Eesti_Vabariigi_Tartu_Ulikool, lk 41
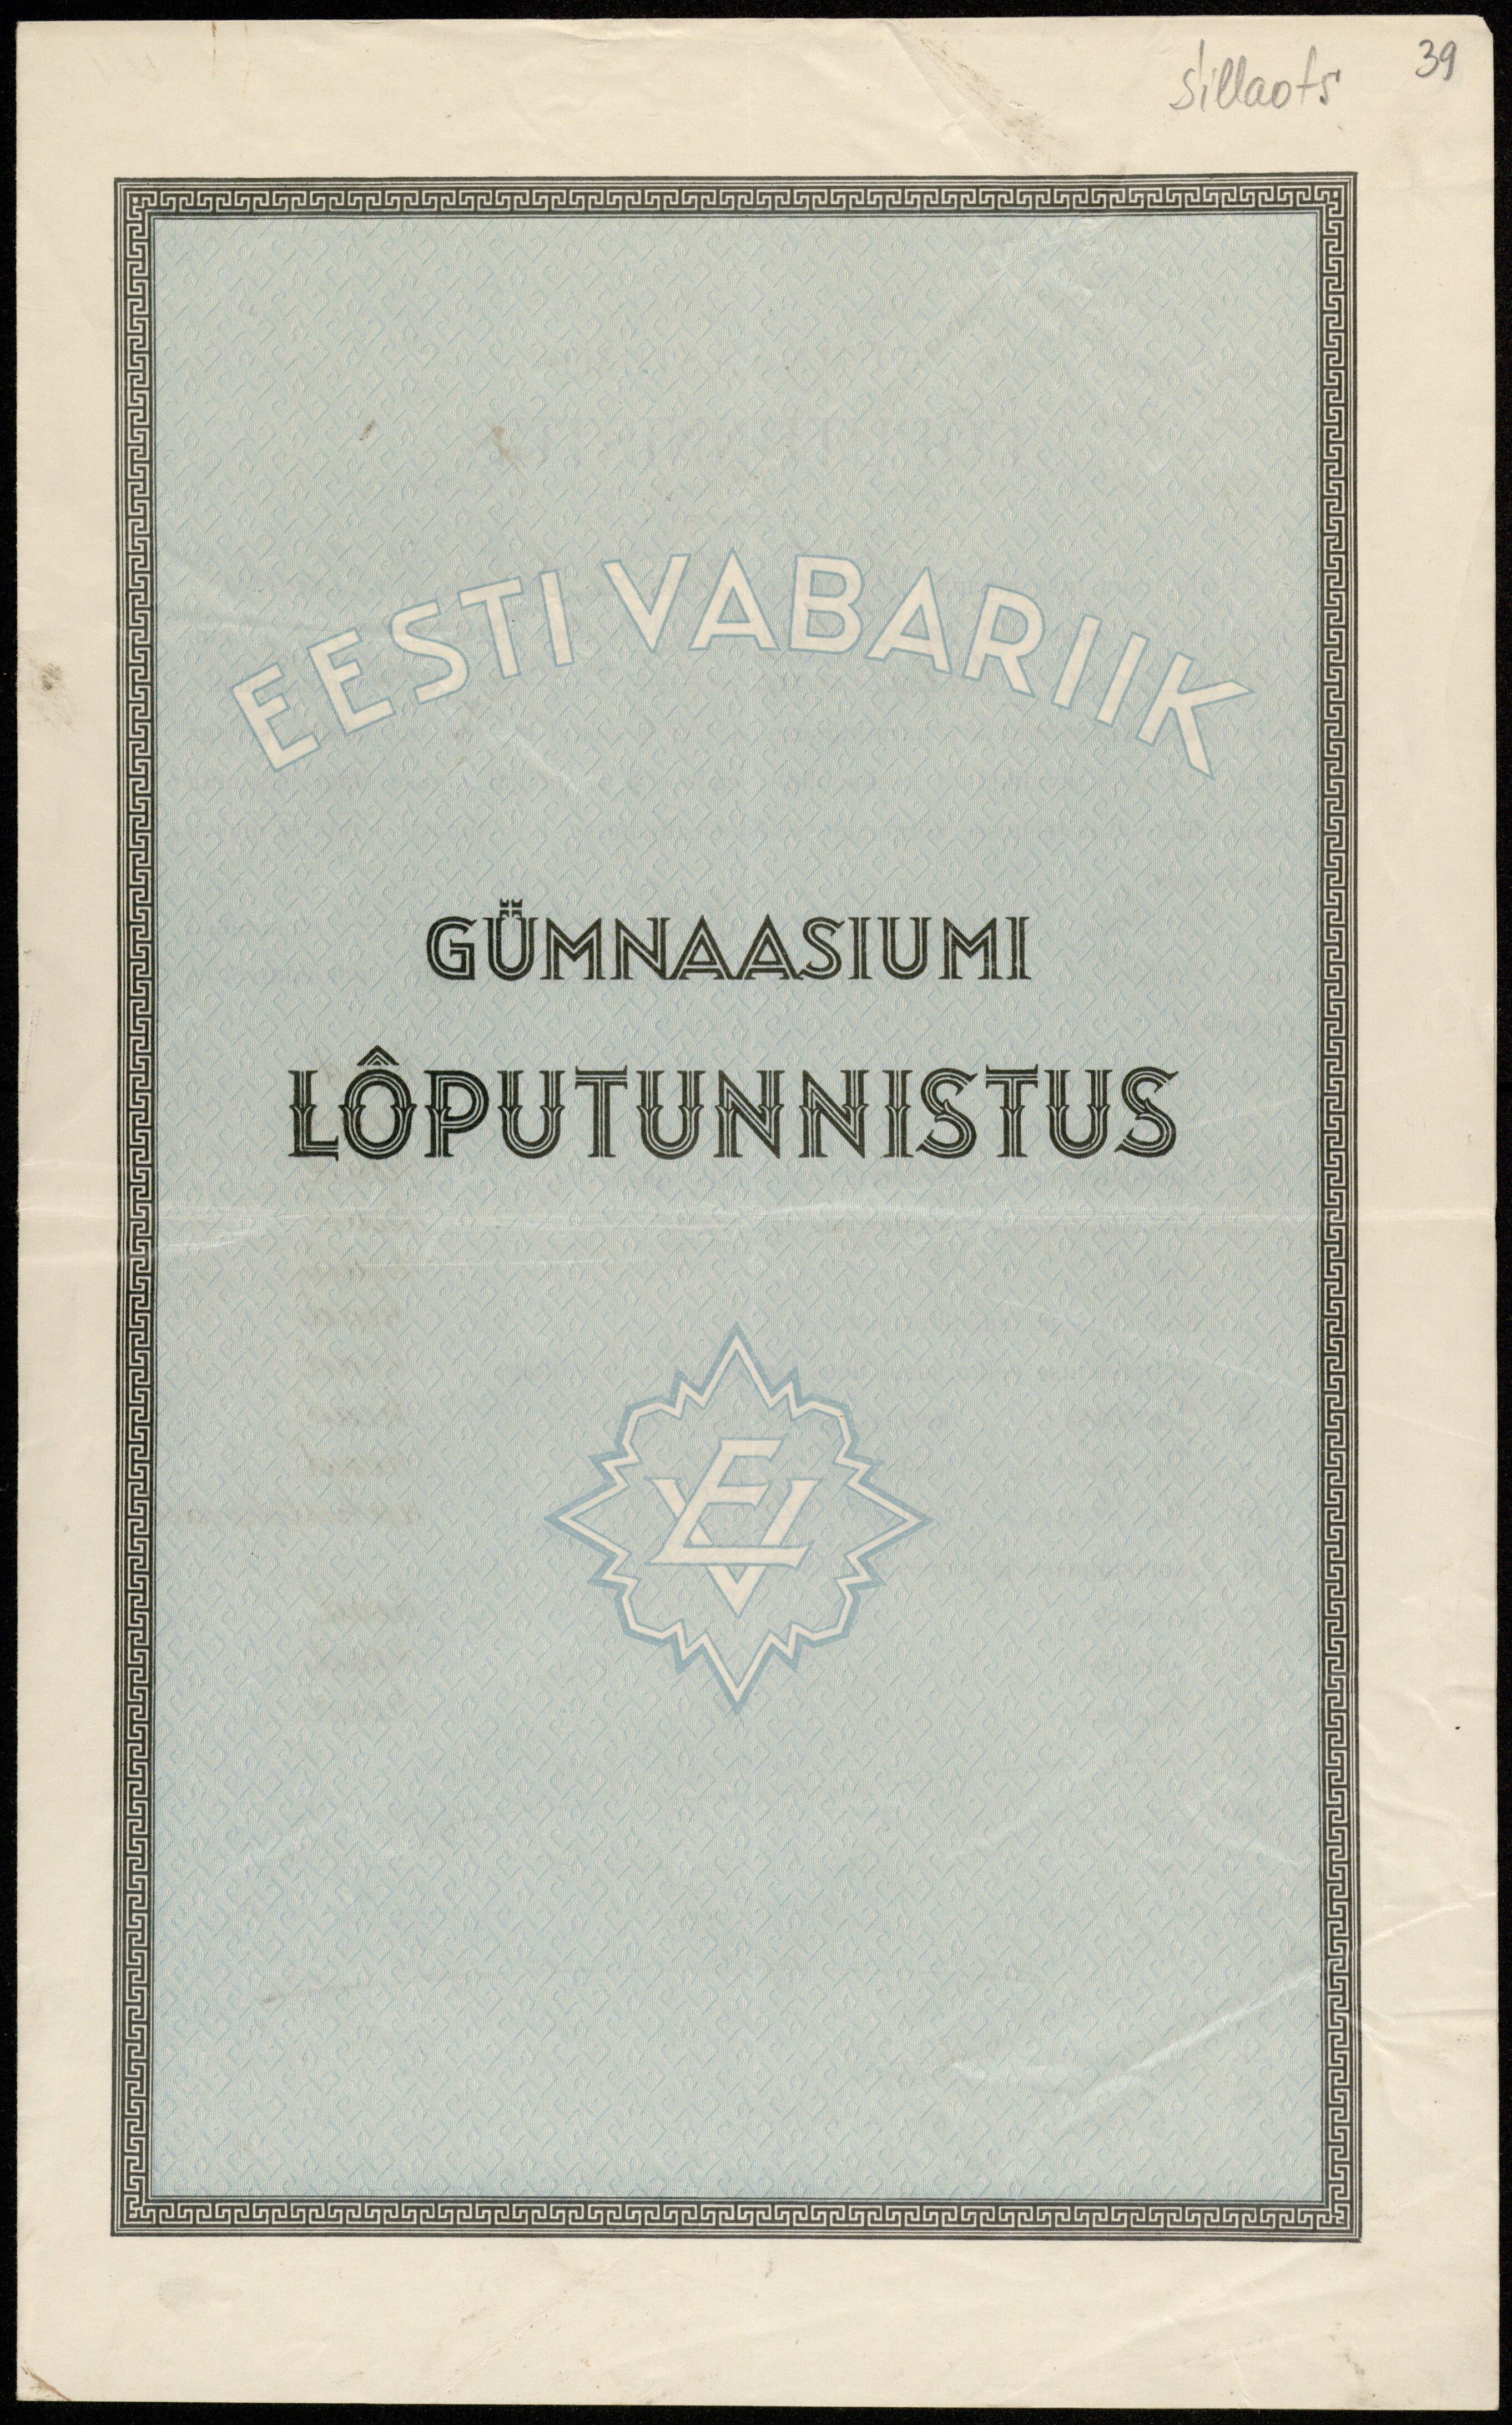
Sillaots
39

EESTI VABARIIK
GüMNAASIUMI
LÕPUTUNNISTUS